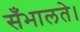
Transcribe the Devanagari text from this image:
सँभालते।